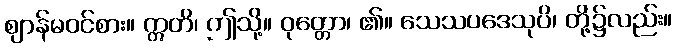
ဈာန်မဝင်စား။ ဣတိ၊ ဤသို့။ ဝုတ္တော၊ ၏။ သေသပဒေသုပိ၊ တို့၌လည်း။